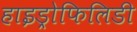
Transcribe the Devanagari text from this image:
हाइड्रोफिलिडी